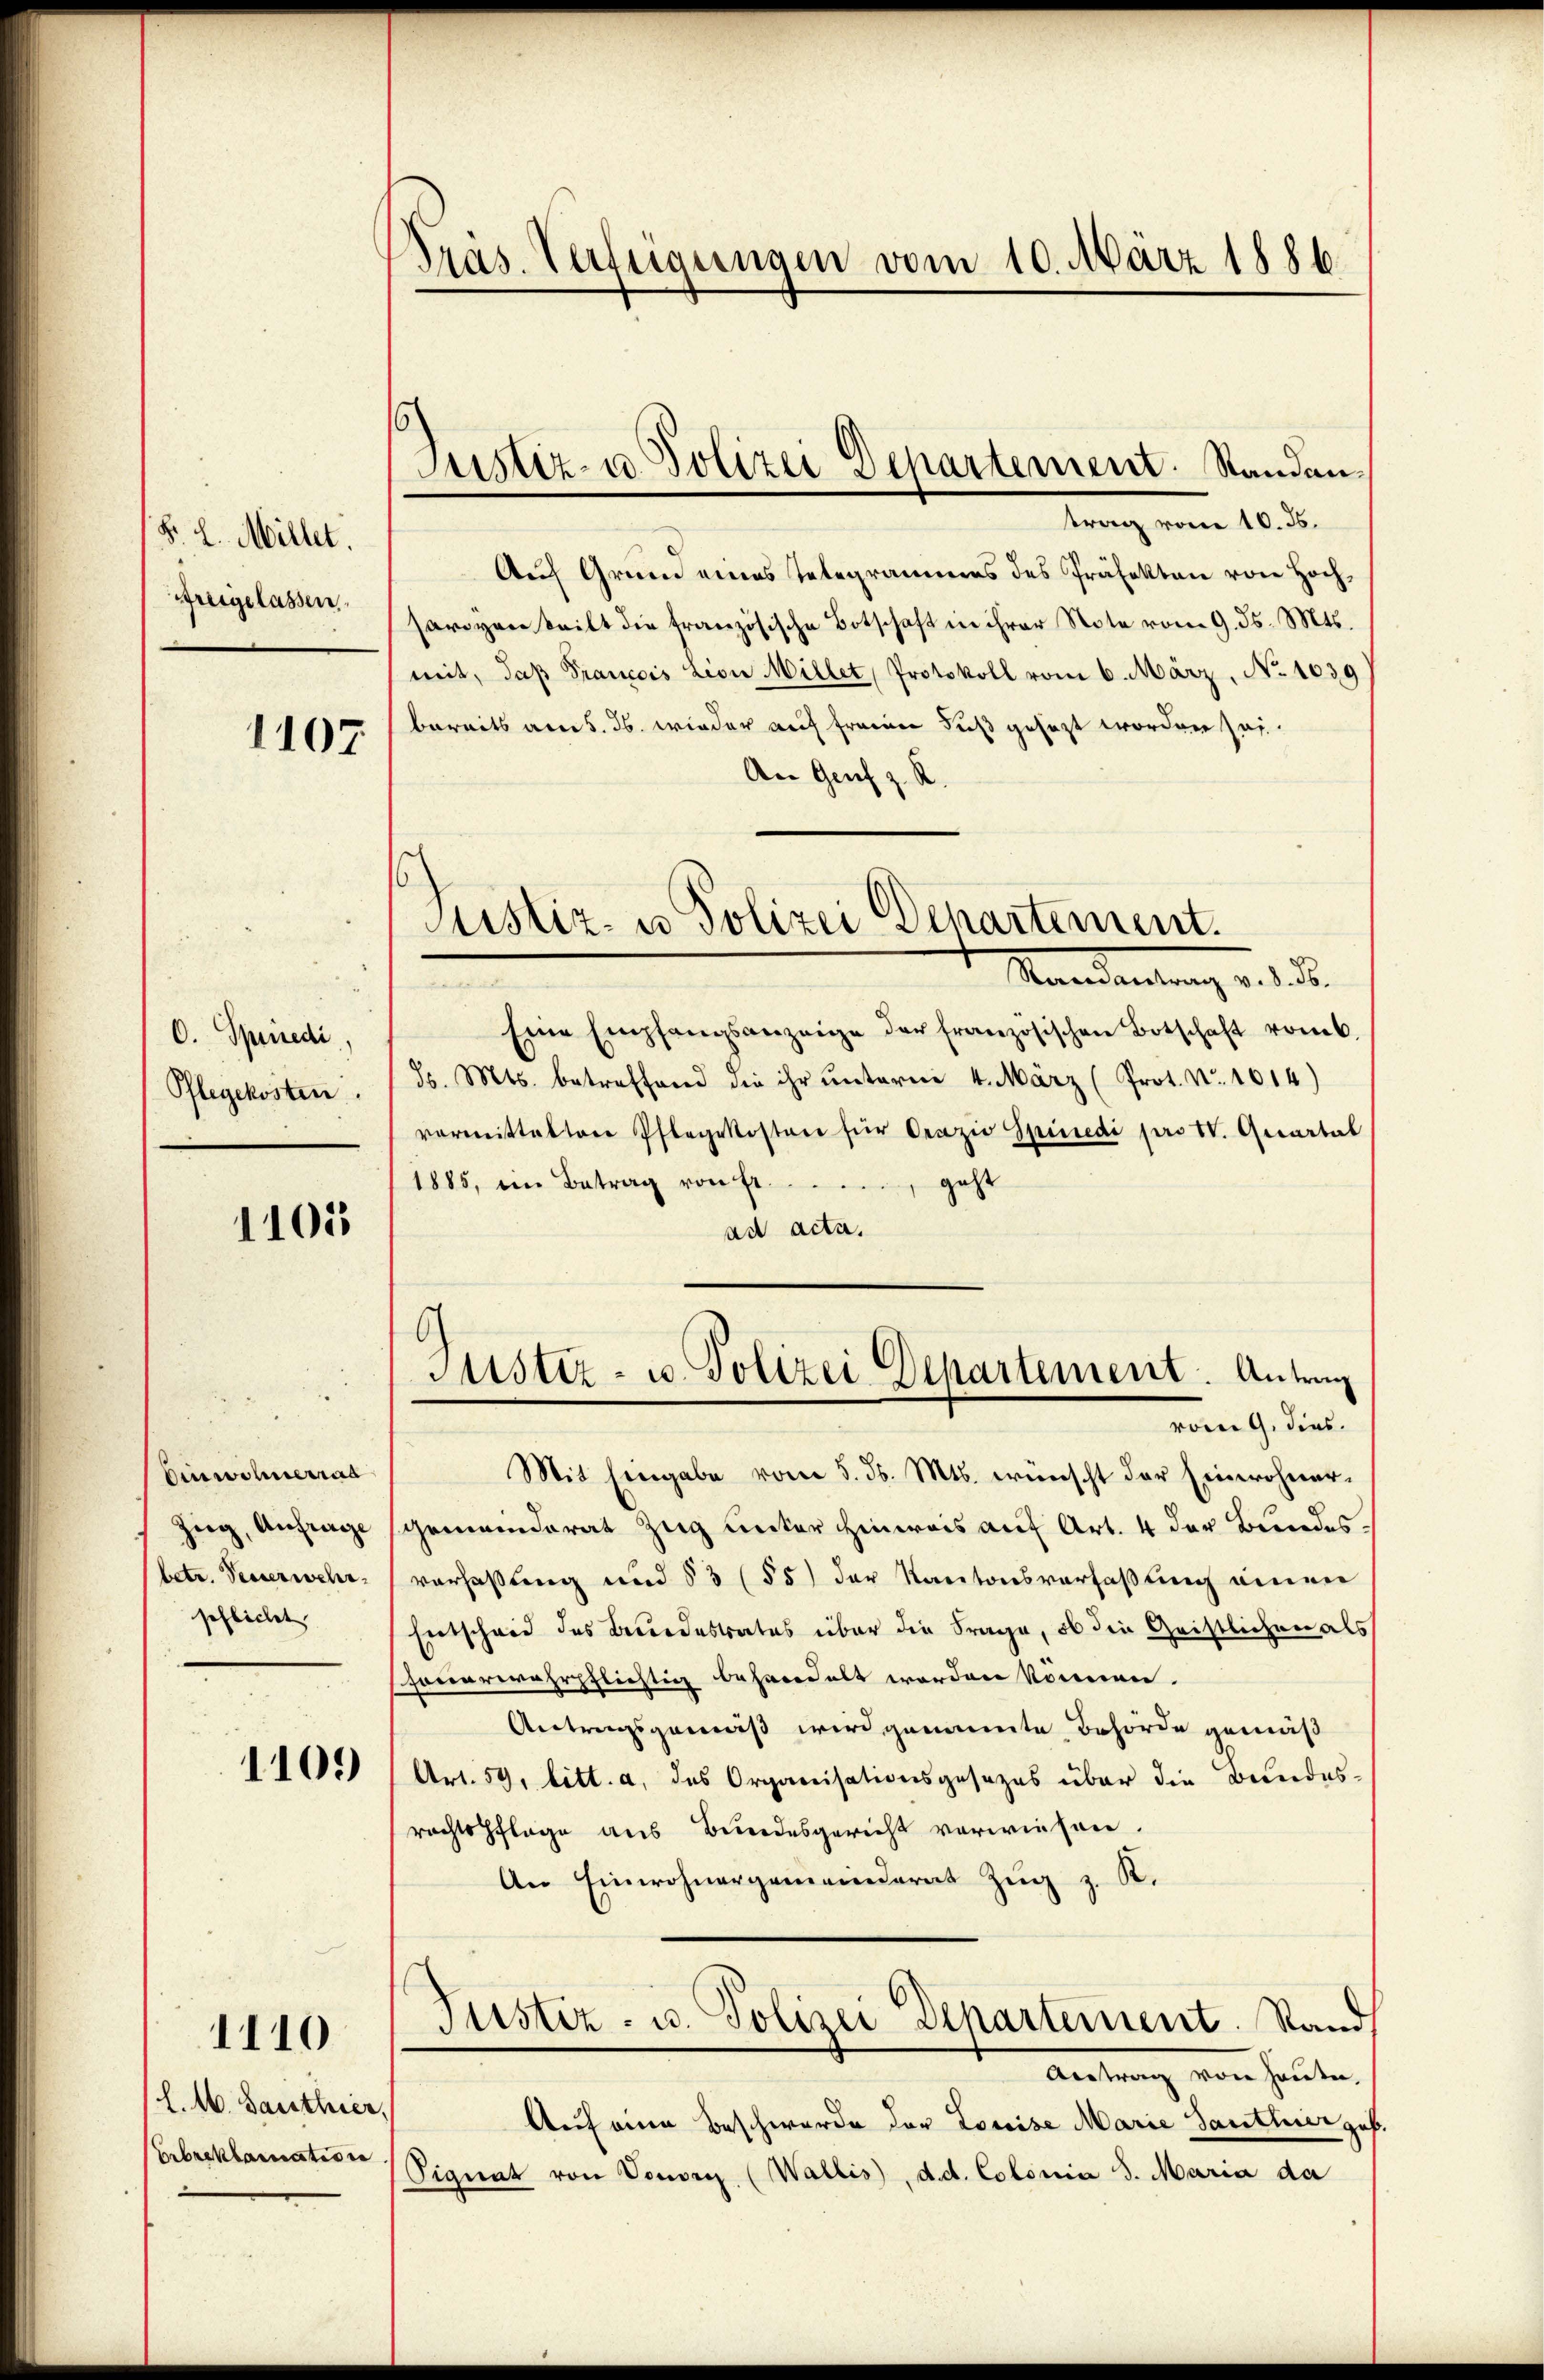
§. L. Millet.
freigelassen.

1107.

O. Spriredi,
Pflegekosten.

1105

Einwohnerrad
Zug, Anfrage
betr. Peuerwehr
schlichet

1109

1110

l. M. Santhier,
Ebreklamation

Präs. Verfügungen vom 10. März 1886.

Justiz- u. Polizei Departement. Standan¬

trag vom 10. ds.
Auf Grund eines Telegrammes des Präfekten von Hochsariven teilt die französische Botschaft in ihrer Note vom 9. ds. Mts.
mit, daß Francois Lion Millet, Protokoll vom 6. März, No 1030
bereits am 5. ds. wieder auf freien Fuß gesezt worden sei.
An Genf z. R.
Mandantung d. d. d.
Eine Empfangsanzeige der französischen Botschaft vom 6
d. Mts. betreffend die ihr unterm 4. März (Prot. No. 1614)
vormitteltere Pflegekosten für Orazio Spinedi pro IV. Quartal
1885, im Betrag von Ergeht
ad acta.
6
Justiz- u. Polizei Departement. Antrag
vom 9. dies
Mit Eingabe vom 5. d. Mts. wünscht der Einwohner-
sgemeinderat Zug unter Hinweis auf Art. 4 der Bundesverfaßung und § 3 (55) der Kantonsverfaßung einen
Entschwie des Berordestrates über die Frage, ob die Geistlichen als
houerwehrpflichtig behandelt worden können.
Antragsgemäß wird genannte Behörde gemäß
Art. 59, litt. a, das Organisationsgesezes über die Bundes-
rechtspflege aus Bundesgericht vorwiesen.
An Einwohnergemeinderat Zŭg z. K.
Justiz- u. Polizei Departement. Stand
Antrag von heute.
Auf eine Beschwerde der Louise Marie Santhier geb
Signat von Vouver (Wallis), dd. Colonia S. Maria da

Justiz- u Polizei Departement.